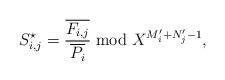
LaTeX: \begin{align*} S^\star_{i,j} = \frac{\overline{F_{i,j}}}{ \overline {P_i}} \bmod X^{M'_i+N'_j-1}, \end{align*}